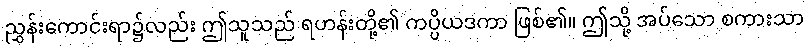
ညွှန်းကောင်းရာ၌လည်း ဤသူသည် ရဟန်းတို့၏ ကပ္ပိယဒကာ ဖြစ်၏။ ဤသို့ အပ်သော စကားသာ